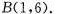
B(1，6)。